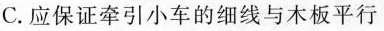
C.应保证牵引小车的细线与木板平行